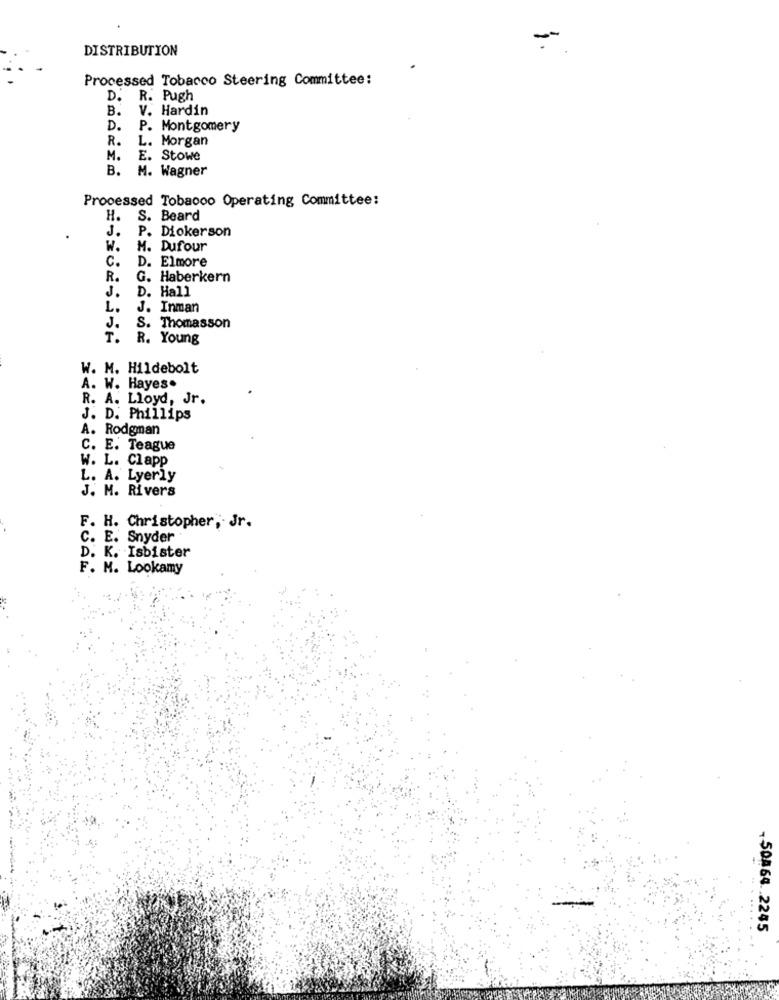
DISTRIBUTION
-
Processed Tobacco Steering Committee:
D. R. Pugh
B. V. Hardin
D. P. Montgomery
R. L. Morgan
M.
E. Stowe
B.
M. Wagner
Processed Tobacco Operating Committee:
H.
S. Beard
J.
P. Dickerson
W.
M. Dufour
C.
. Elmore
R.
G. Haberkern
J.
D. Hall
L.
J. Inman
J.
S. Thomasson
T.
R. Young
W. M. Hildebolt
A. W. Hayes.
R. A. Lloyd, Jr.
J. D. Phillips
A. Rodgman
C. E. Teague
W. L. Clapp
L. A. Lyerly
J. M. Rivers
F. H. Christopher, Jr.
C. E. Snyder
. K. Isbister
F. M. Lookamy
. ......
-50864 .. 2245